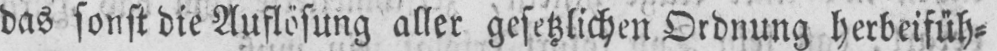
das sonst die Auflösung aller gesetzlichen Ordnung herbeifüh⸗